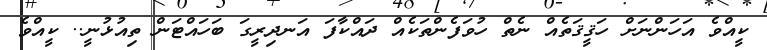
ކީއްވެ އަހަންނަށް ހަޤީޤަތެއް ނެތް ހުވަފެންތަކެއް ދައްކާފަ އަނދިރީގަ ބަހައްޓަން ތިއުޅުނީ.. ކީއްވެ